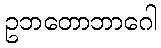
ဥဘတောဘာဂေါ